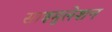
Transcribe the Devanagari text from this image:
साइमुलेशन